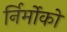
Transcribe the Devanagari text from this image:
र्निर्मोको